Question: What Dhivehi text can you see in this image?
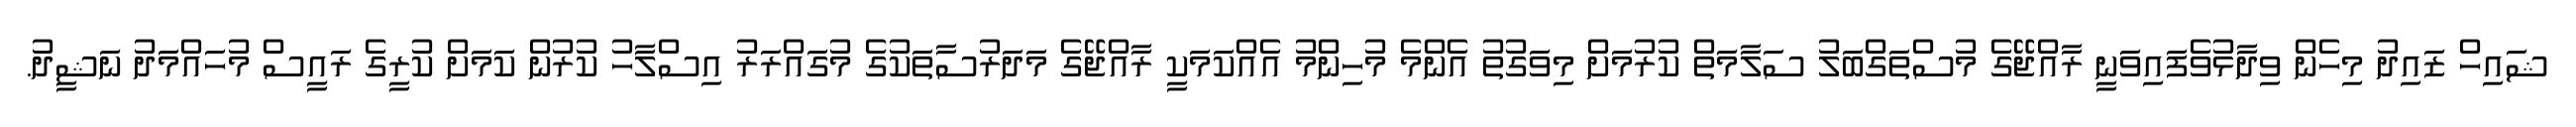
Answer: ޝައިހް ޒައިދު މިހެން ވިދާޅުވެފައިވަނީ ރާއްޖޭގެ މުސްތަގްބަލު ސަލާމަތް ކުރުމަށް މިވަގުތު އެންމެ މުހިންމު އެއްކަމަކީ ރާއްޖޭގެ މަދަރުސާތަކުގެ މުގައްރަރު އިސްލާހު ކުރުން ކަމަށް ކުރީގެ ރައީސް މުހައްމަދު ނަޝީދު.